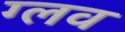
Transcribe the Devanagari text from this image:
ग्लव